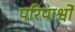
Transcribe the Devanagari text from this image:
परिपार्श्वों